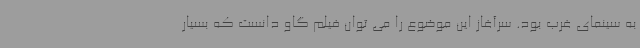
به سینمای غرب بود. سرآغاز این موضوع را می توان فیلم گاو دانست که بسیار